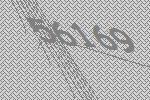
56169